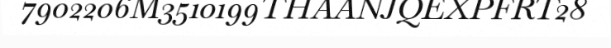
7902206M3510199THAANJQEXPFRT28